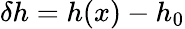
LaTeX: \delta h=h(x)-h_{0}